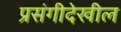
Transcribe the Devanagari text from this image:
प्रसंगीदेखील